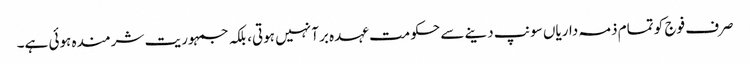
صرف فوج کو تمام ذمہ داریاں سونپ دینے سے حکومت عہدہ برآ نہیں ہوتی، بلکہ جمہوریت شرمندہ ہوئی ہے۔